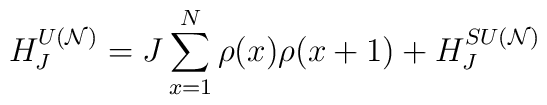
H_{J}^{U({\cal N})}=J\sum_{x=1}^{N}\rho(x)\rho(x+1)+ H_{J}^{SU({\cal N})}